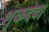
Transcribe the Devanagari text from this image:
शुकदेव।